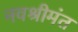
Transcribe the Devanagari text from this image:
नवश्रीमंत